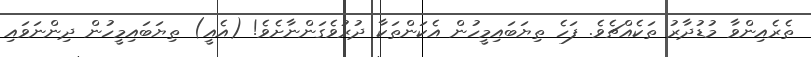
ތެރެއިންވާ މުޑުދާރު ތަކެއްޗެވެ. ފަހެ ތިޔަބައިމީހުން އެކަންތަކާ ދުރުވެގަންނާށެވެ! (އެއީ) ތިޔަބައިމީހުން ދިންނަވައި